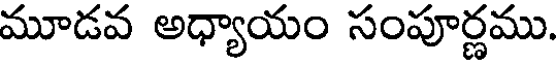
మూడవ అధ్యాయం సంపూర్ణము.